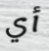
أي